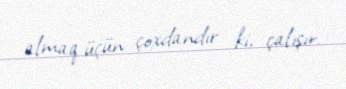
almaq üçün çoxdandır ki, çalışır.